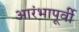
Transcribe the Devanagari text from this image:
आरंभापूर्वी